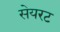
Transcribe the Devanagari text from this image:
सेयरट